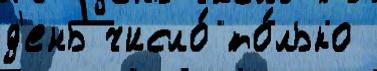
д'ень число́ то́лько